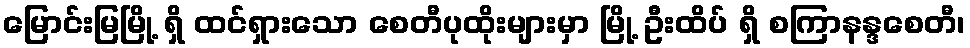
မြောင်းမြမြို့ ရှိ ထင်ရှားသော စေတီပုထိုးများမှာ မြို့ ဦးထိပ် ရှိ စကြာနန္ဒစေတီ၊